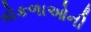
વોકળાઓની